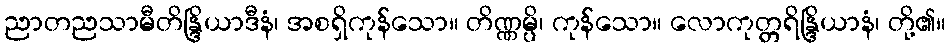
ညာတညသာမီတိန္ဒြိယာဒီနံ၊ အစရှိကုန်သော။ တိဏ္ဏမ္ပိ၊ ကုန်သော။ လောကုတ္တရိန္ဒြိယာနံ၊ တို့၏။